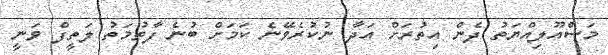
މަސްއޫލިއްޔަތު ދެން އިތުރަށް އަދާ ނުކުރެވޭނެ ކަމަށް ބުނެ ފާތުމަތު ލަތީފް ވަނީ